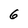
Character: 6